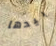
بيدها